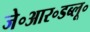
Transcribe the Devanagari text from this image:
जे॰आर॰डब्लू॰